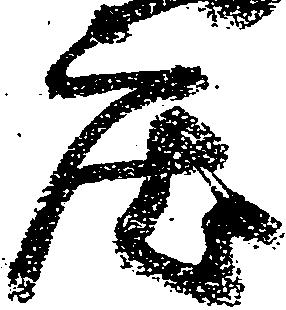
庄